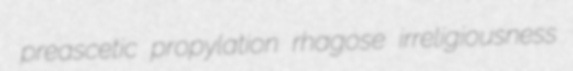
preascetic propylation rhagose irreligiousness